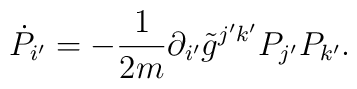
\dot{P}_{i^\prime} = - \frac{1}{2m} \partial_{i^\prime}\tilde{g}^{j^\prime k^\prime} P_{j^\prime} P_{k^\prime}.